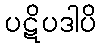
ပဋိပဒါပိ